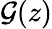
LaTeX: \mathcal{G}(z)